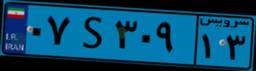
۰۷S۳۰۹۱۳